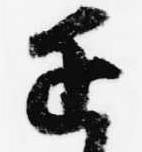
近